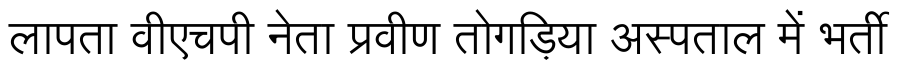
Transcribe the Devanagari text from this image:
लापता वीएचपी नेता प्रवीण तोगड़िया अस्पताल में भर्ती